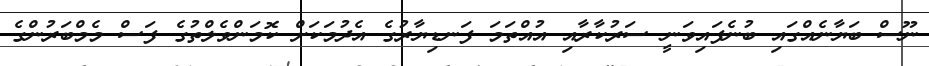
ނޫސް ބަޔާނެއްގައި ބުނެފައިވަނީ ސަރުކާރާއި އުއްތަމަ ފަނޑިޔާރުގެ އެދުމަކަށް ކޮމަންވެލްތުގެ ފަސް މެމްބަރުންގެ